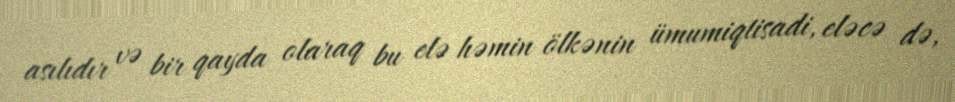
asılıdır və bir qayda olaraq bu elə həmin ölkənin ümumiqtisadi, eləcə də,